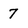
Character: 7